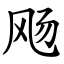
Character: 飏